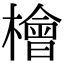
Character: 檜